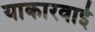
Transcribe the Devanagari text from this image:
याकारवाई